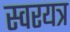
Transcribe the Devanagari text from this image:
स्वरयत्र